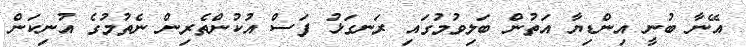
އޭނާ ބުނީ އިންޑިޔާ އަތުން ބަލިވުމުގައި ރަނގަޅު ފަސް އުކުންތެރިން ނެތުމުގެ އުނިކަން